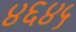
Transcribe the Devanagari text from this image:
४६४५